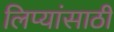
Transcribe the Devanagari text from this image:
लिप्यांसाठी